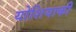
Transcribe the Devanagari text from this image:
योशियाकी